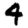
Digit: 4